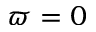
\varpi = 0